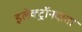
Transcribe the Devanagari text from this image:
इलेक्ट्रॉनदाता